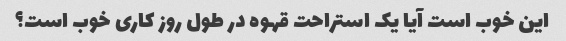
این خوب است آیا یک استراحت قهوه در طول روز کاری خوب است؟